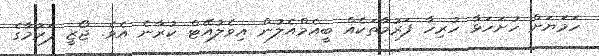
ހަމަޔަށް ހުށަހަޅާ ހުރިހާ ފަރުމާތަކެއް ބީއެމްއެލުން އިވެލުއޭޓް ކުރާނެ އެވެ. ޖޯޒީ ފަރުމާގެ